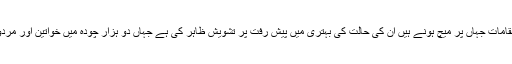
آئی سی سی نے بنگلہ دیش میں سٹیڈیم کی تعمیر اور دو مقامات جہاں پر میچ ہونے ہیں ان کی حالت کی بہتری میں پیش رفت پر تشویش ظاہر کی ہے جہاں دو ہزار چودہ میں خواتین اور مردوں کے ٹوئنٹی ٹوئنٹی ورلڈ کپ کے میچز ہونے طے ہیں۔